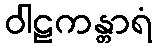
ဝါဠကန္တာရံ